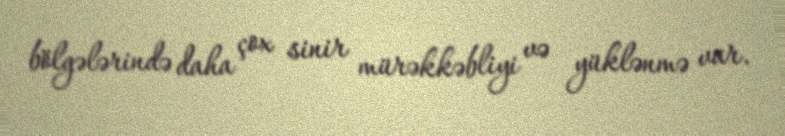
bölgələrində daha çox sinir mürəkkəbliyi və yüklənmə var.